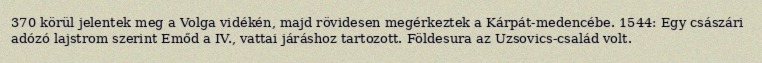
370 körül jelentek meg a Volga vidékén, majd rövidesen megérkeztek a Kárpát-medencébe. 1544: Egy császári adózó lajstrom szerint Emőd a IV., vattai járáshoz tartozott. Földesura az Uzsovics-család volt.